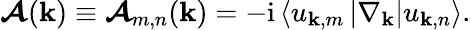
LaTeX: \begin{array}{r}{\boldsymbol{\mathcal{A}}(\mathbf{k})\equiv\boldsymbol{\mathcal{A}}_{m,n}(\mathbf{k})=-\mathrm{i}\left<u_{\mathbf{k},m}\vphantom{\nabla_{\mathbf{k}}}\vphantom{u_{\mathbf{k},n}}\left|\nabla_{\mathbf{k}}\vphantom{u_{\mathbf{k},m}}\vphantom{u_{\mathbf{k},n}}\right|u_{\mathbf{k},n}\vphantom{u_{\mathbf{k},m}}\vphantom{\nabla_{\mathbf{k}}}\right>.}\end{array}